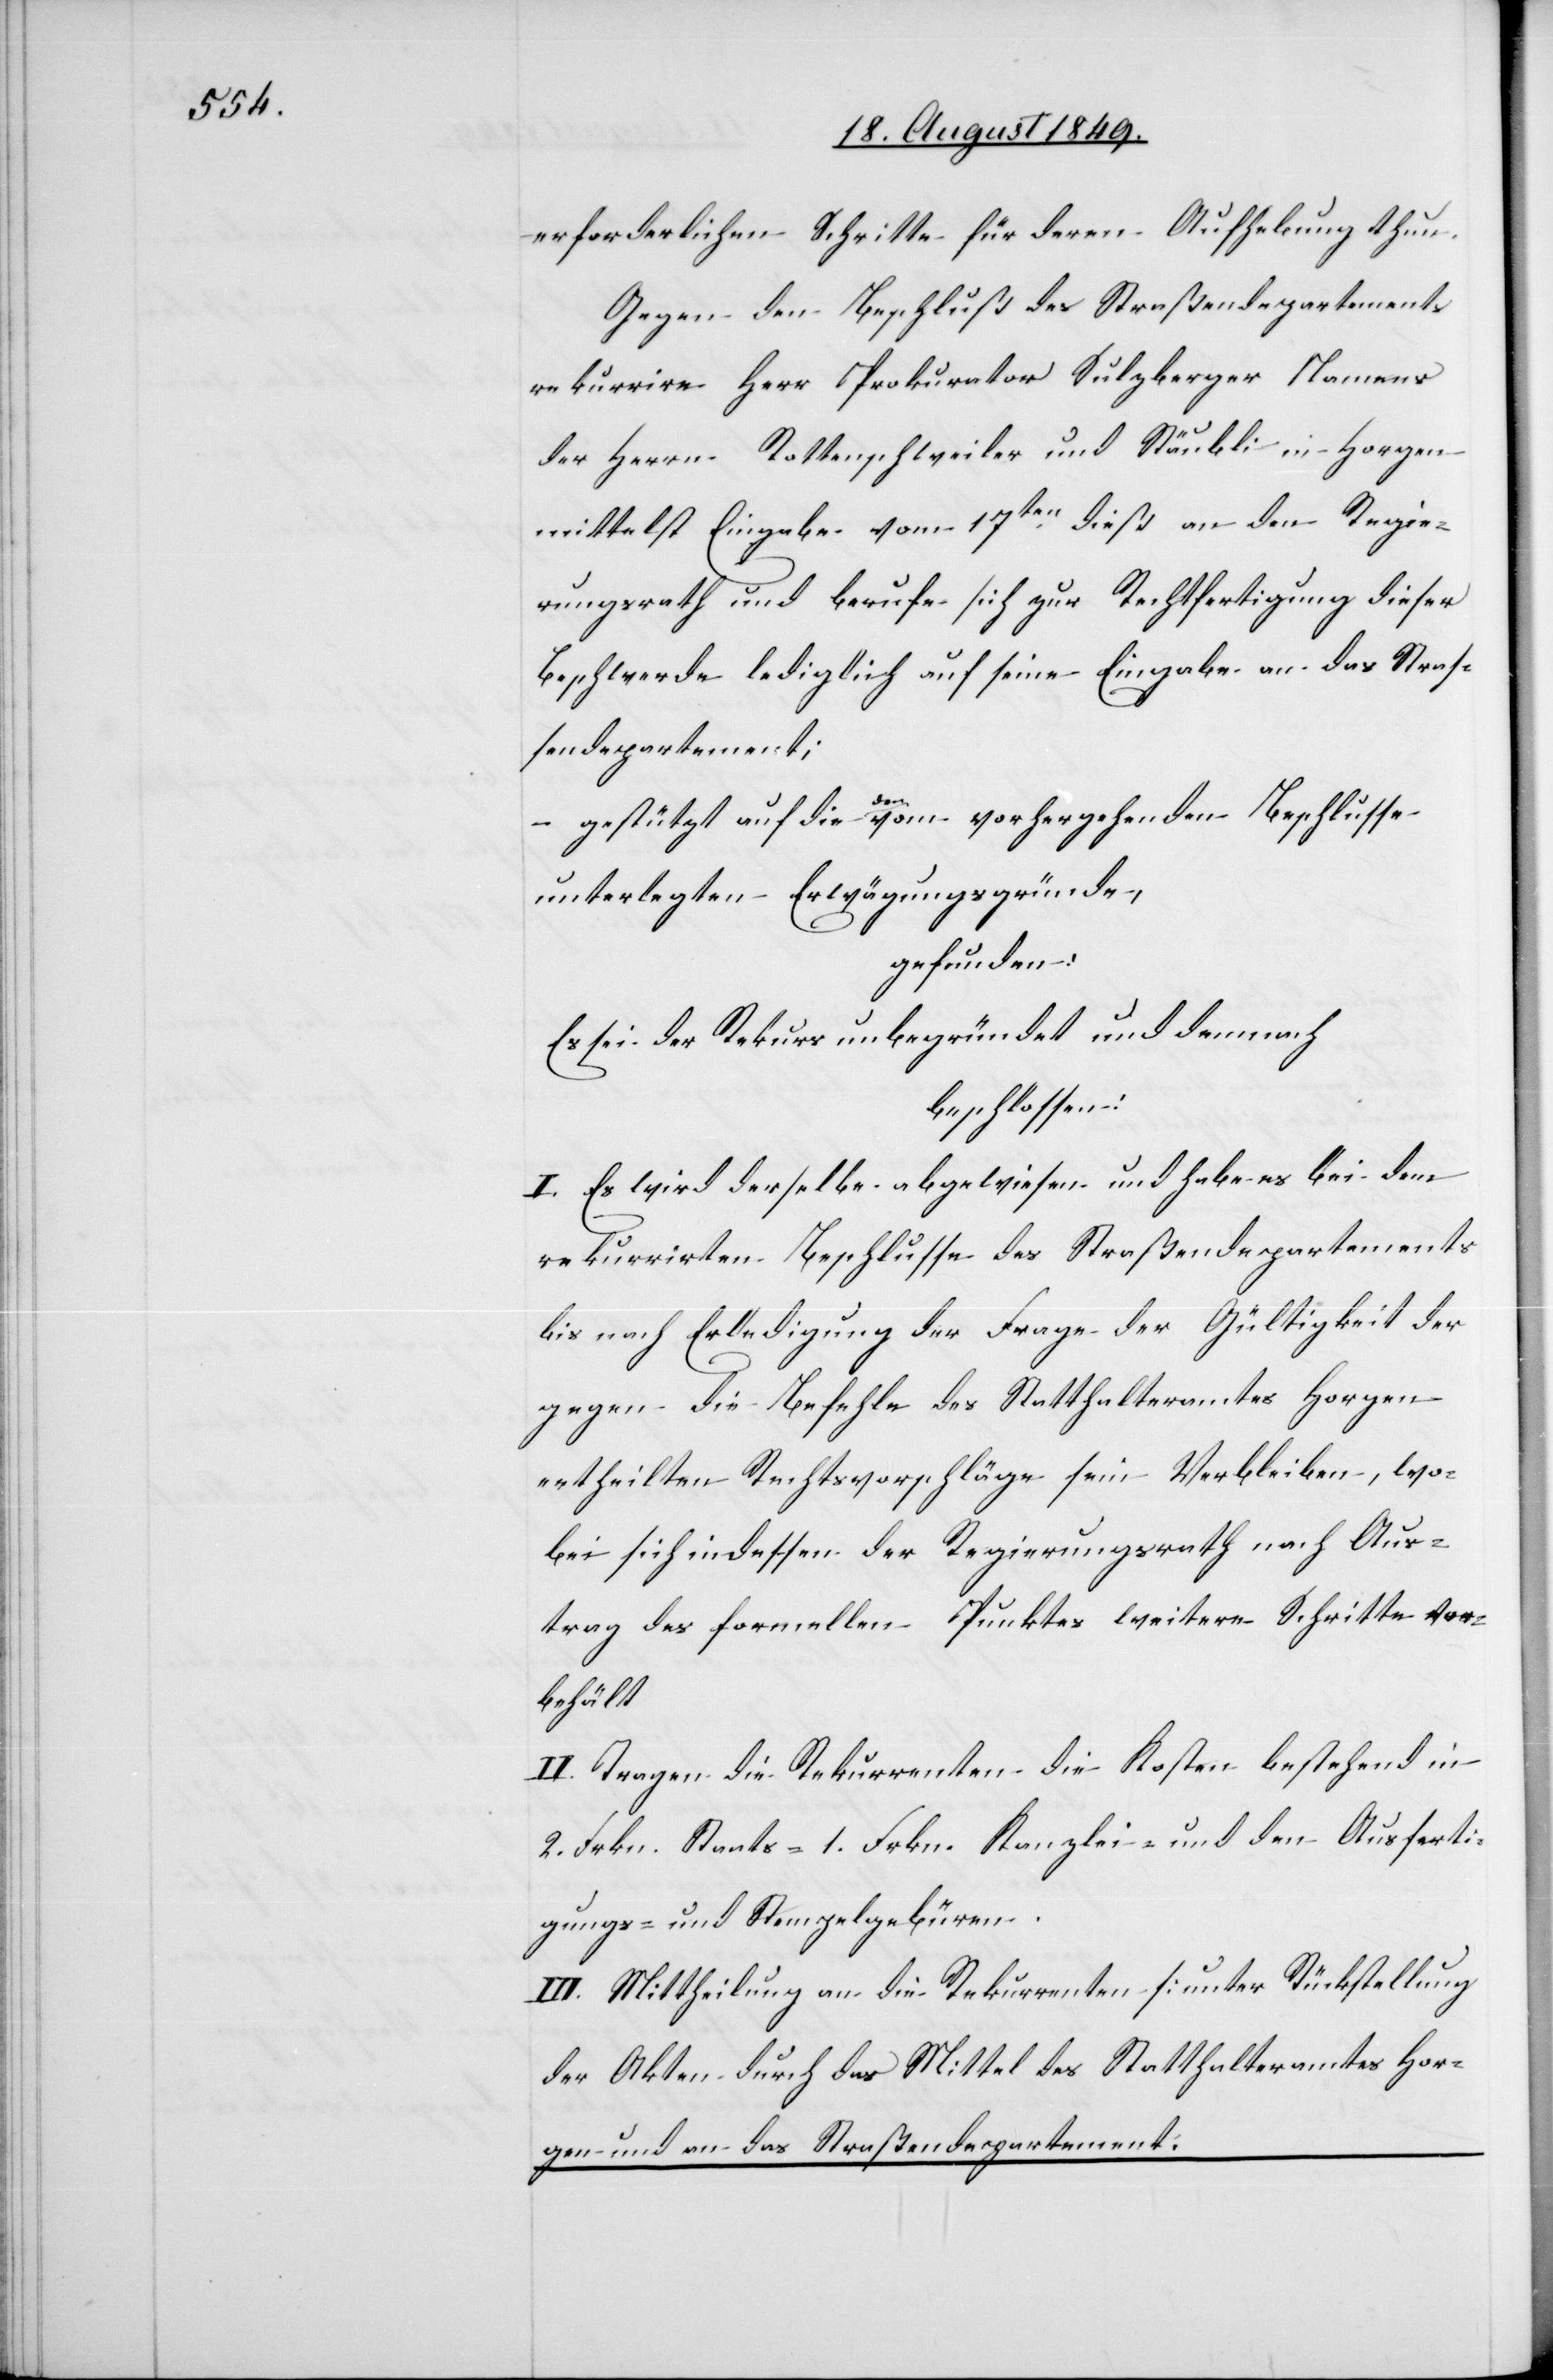
erforderlichen Schritte für deren Aufhebung thun.
Gegen den Beschluß des Straßendepartements
rekurrire Herr Prokurator Sulzberger Namens
der Herrn Rottenschweiler und Stäubli in Horgen
mittelst Eingabe vom 17ten dieß an den Regie¬
rungsrath und berufe sich zur Rechtfertigung dieser
Beschwerde lediglich auf seine Eingabe an das Stras¬
sendepartement;
– gestützt auf die den vom vorhergehenden Beschlusse
unterlegten Erwägungsgründe,
gefunden:
Es sei der Rekurs unbegründet und demnach
beschlossen:
I. Es wird derselbe abgewiesen und habe es bei dem
rekurrirten Beschlusse des Straßendepartements
bis nach Erledigung der Frage der Gültigkeit der
gegen die Befehle des Statthalteramtes Horgen
ertheilten Rechtsvorschläge sein Verbleiben, wo¬
bei sich indessen der Regierungsrath nach Aus¬
trag des formellen Punktes weitere Schritte vor¬
behält
II. Tragen die Rekurrenten die Kosten bestehend in
2. Frkn. Staats-[,] 1. Frkn. Kanzlei- und den Ausferti¬
gungs- und Stempelgebühren.
III. Mittheilung an die Rekurrenten [unter Rückstellung
der Akten[]] durch das Mittel des Statthalteramtes Hor¬
gen und an das Straßendepartement.